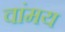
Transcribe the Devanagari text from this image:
वांमय